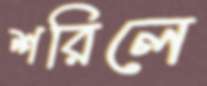
শরিলে